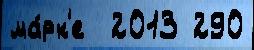
ма́рк'е  2013 290